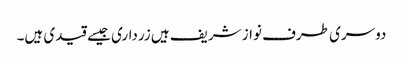
دوسری طرف نواز شریف ہیں زرداری جیسے قیدی ہیں۔